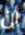
أن